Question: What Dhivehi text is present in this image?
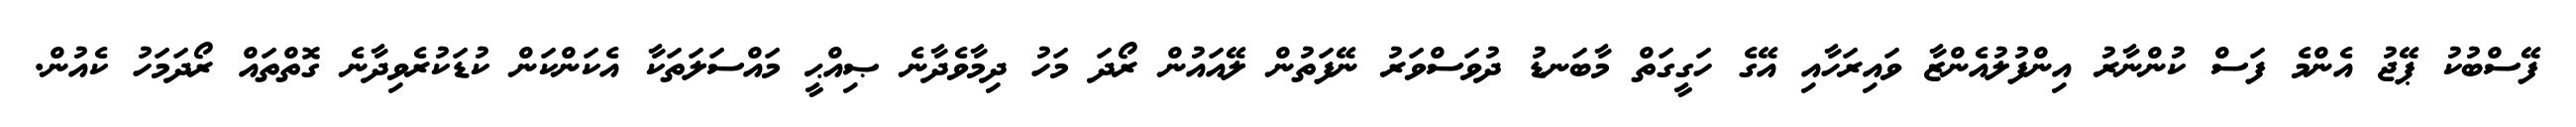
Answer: ފޭސްބުކު ޕޭޖު އެންމެ ފަސް ކުންނާރު އިންފުލުއެންޒާ ވައިރަހާއި އޭގެ ހަގީގަތް މާބަނޑު ދުވަސްވަރު ނޭފަތުން ލޭއައުން ރޯދަ މަހު ދިމާވެދާނެ ޞިއްޙީ މައްސަލަތަކާ އެކަންކަން ކުޑަކުރެވިދާނެ ގޮތްތައް ރޯދަމަހު ކެއުން.